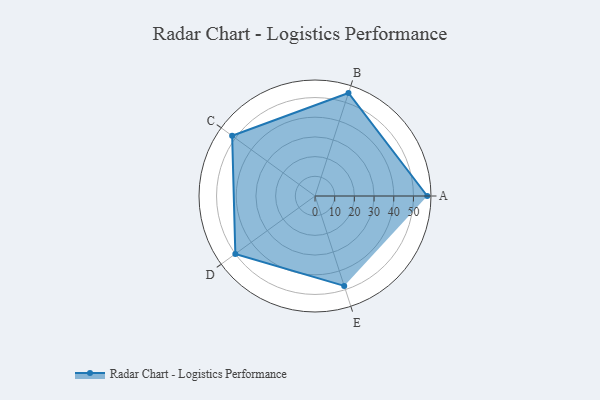
{"axis": {"x": "Skill", "y": "Score"}, "legend": ["Profile"], "data": [{"x": "A", "y": 57.0, "type": "Profile"}, {"x": "B", "y": 55.0, "type": "Profile"}, {"x": "C", "y": 52.0, "type": "Profile"}, {"x": "D", "y": 50.0, "type": "Profile"}, {"x": "E", "y": 48.0, "type": "Profile"}]}